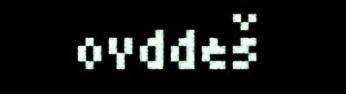
ovddeš